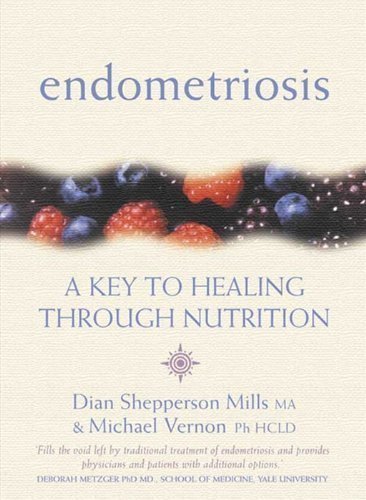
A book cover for Endometriosis: A Key to Healing Through Nutrition by Dian Shepperson Mills, Michael Vernon 1st (first) Edition [Paperback(2002/9/1)]; Michael Vernon Dian Shepperson Mills; Health, Fitness & Dieting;